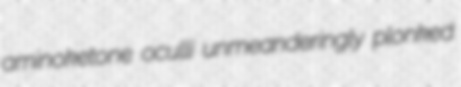
aminoketone oculli unmeanderingly plonked